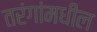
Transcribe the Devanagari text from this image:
तरंगांमधील